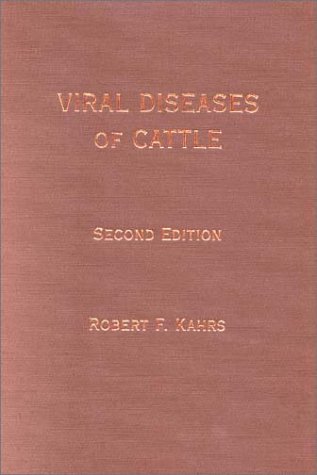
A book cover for Viral Diseases of Cattle; Robert F. Kahrs; Medical Books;